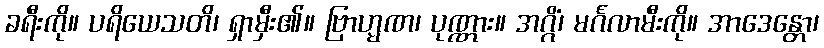
ခရီးကို။ ပရိယေသတိ၊ ရှာမှီး၏။ ဗြာဟ္မဏ၊ ပုဏ္ဏား။ အဂ္ဂိံ၊ မင်္ဂလာမီးကို။ အာဒေန္တော၊